Sanitation, dispensaries and jails vaccination Rajputana 1922-1927 - 1922-1927
Year: 1922
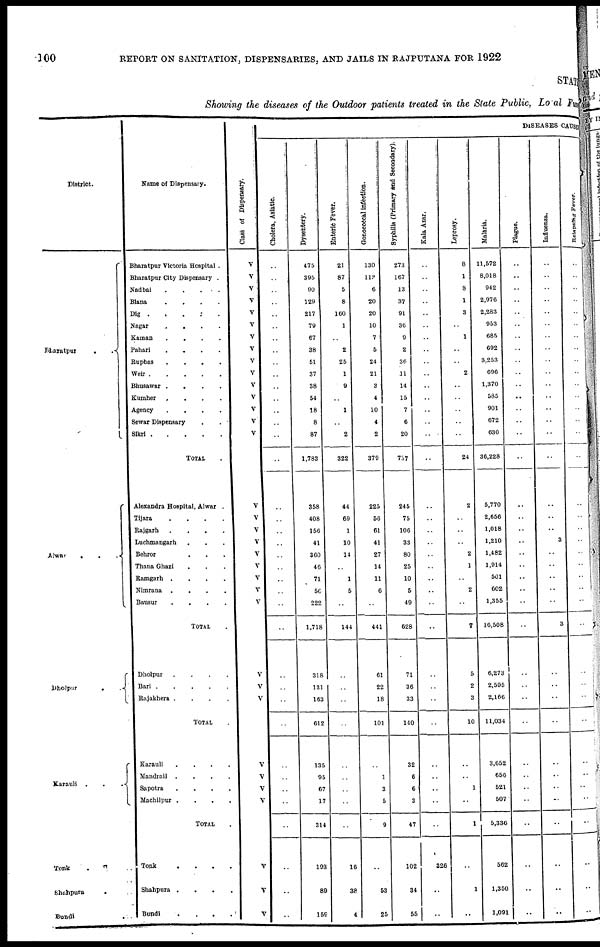
100
REPORT ON SANITATION, DISPENSARIES, AND JAILS IN RAJPUTANA FOR 1922
STATE
Showing the diseases of the Outdoor patients treated in the State Public, Local Fund
District.
Bharatpur..
Alwar...
Dholpur..
Karauli
Tonk..
Shahpura..
Bundi..
Name of Dispensary.
Bharatpur Victoria Hospital.
Bharatpur City Dispensary.
Nadbai.....
Biana....
Dig.....
Nagar....
Kaman....
Pahari....
Rupbas....
Weir
Bhusawar....
Kumher....
Agency
.
.
.
.
Sewar Dispensary..
Sikri
TOTAL.
Alexandra Hospital, Alwar.
Tijara....
Bajgarh....
Luchmangarh...
Behror...
Thana Ghazi...
Ramgarh....
Nimrana....
Bausur....
TOTAL.
Dholpur....
Bari
Rajakhera....
TOTAL.
Karauli....
Mandrail....
Sapotra....
Machilpur....
TOTAL.
Tonk....
Shahpura....
Bundi....
Class of Dispensary.
V
V
V
V
V
V
V
V
V
V
V
V
V
V
V
V
V
V
V
V
V
V
V
V
V
V
V
V
V
V
V
V
V
V
DISEASES CAUSES
Cholera, Asiatic.
..
..
..
..
..
..
..
..
..
..
..
..
..
..
..
..
..
..
..
..
..
..
..
..
..
..
..
..
..
..
..
..
..
..
..
..
..
..
Dysentery.
475
395
90
129
217
79
67
38
51
37
38
54
18
8
87
1,783
358
408
156
41
360
46
71
50
222
1,718
318
131
163
612
135
95
67
17
314
103
89
159
Enteric Fever.
21
87
5
8
160
1
..
2
25
1
9
..
1
..
2
322
44
69
1
10
14
..
1
5
..
144
..
..
..
..
..
..
..
..
..
16
38
4
Gonococcal infection.
130
113
6
20
20
10
7
5
24
21
3
4
10
4
2
379
225
56
61
41
27
14
11
6
..
441
61
22
18
101
..
1
3
5
9
..
53
25
Syphilis (Primary and Secondary).
273
167
13
37
91
36
9
2
36
11
14
15
7
6
20
737
245
75
106
33
80
25
10
5
49
628
71
36
33
140
32
6
6
3
47
102
34
55
Kala Azar.
..
..
..
..
..
..
..
..
..
..
..
..
..
..
..
..
..
..
..
..
..
..
..
..
..
..
..
..
..
..
..
..
..
..
..
326
..
..
Leprosy.
8
1
8
1
3
..
1
..
..
2
..
..
..
..
..
24
2
..
..
..
2
1
..
2
..
7
5
2
3
10
..
..
..
..
1
..
1
..
Malaria.
11,572
8,018
942
2,976
2,283
953
685
692
3,253
696
1,370
585
901
672
630
36,228
5,770
2,656
1,018
1,210
1,482
1,914
501
602
1,355
16,508
6,273
2,595
2,166
11,034
3,652
656
521
507
5,336
562
1,350
1,091
Plague.
..
..
..
..
..
..
..
..
..
..
..
..
..
..
..
..
..
..
..
..
..
..
..
..
..
..
..
..
..
..
..
..
..
..
..
..
..
..
Influenza.
..
..
..
..
..
..
..
..
..
..
..
..
..
..
..
..
..
..
..
3
..
..
..
..
..
3
..
..
..
..
..
..
..
..
..
..
..
..
Relapsing Fever.
..
..
..
..
..
..
..
..
..
..
..
..
..
..
..
..
..
..
..
..
..
..
..
..
..
..
..
..
..
..
..
..
..
..
..
..
..
..